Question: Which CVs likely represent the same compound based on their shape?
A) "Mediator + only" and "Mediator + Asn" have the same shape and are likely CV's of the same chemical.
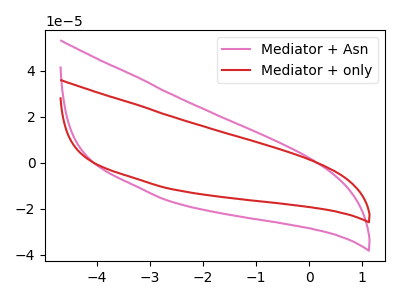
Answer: <think>The pink curve "Mediator + Asn" has no peaks. The red curve "Mediator + only" has no peaks.
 Neither "Mediator + Asn" or "Mediator + only" have any peaks.</think>
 <answer>A) "Mediator + only" and "Mediator + Asn" have the same shape and are likely CV's of the same chemical.</answer>
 <eval>A</eval>